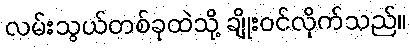
လမ်းသွယ်တစ်ခုထဲသို့ ချိုးဝင်လိုက်သည်။